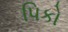
પિકો